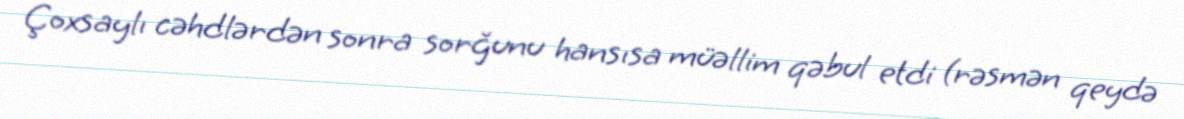
Çoxsaylı cəhdlərdən sonra sorğunu hansısa müəllim qəbul etdi (rəsmən qeydə